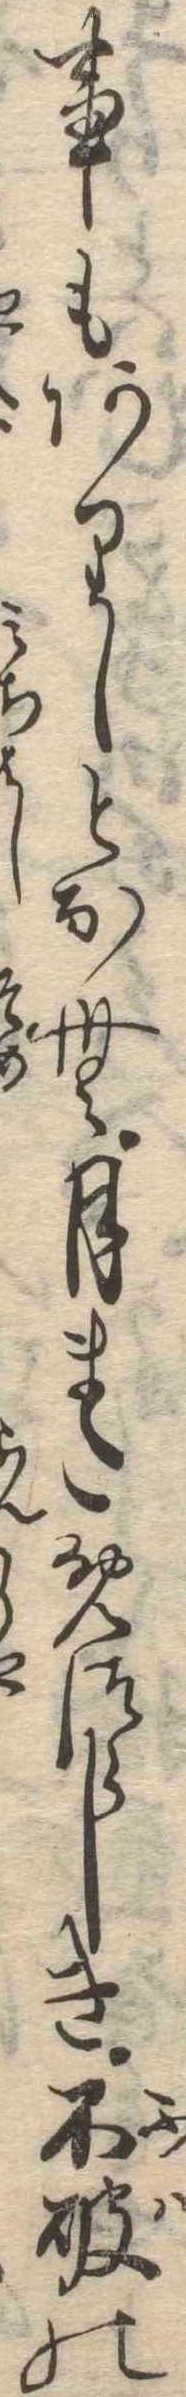
事もありしとなむ月まためつらしき不破の